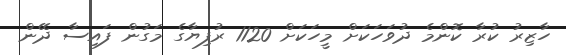
ހާޒިރު ކުރާ ކޮންމެ ދުވަހަކަށް މީހަކަށް 1120 ރުފިޔާގެ މަގުން ފައިސާ ދޭން